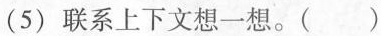
(5)联系上下文想一想。()